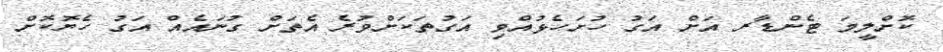
ކޮށްލީމަ ޓެންޑާރ އަށް އަގު ހުށަހެޅުއްވި އަގުތަކަށްވުރެ އެތަށް ގުނައެއް އަގު ހެޔޮކޮށް